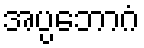
အပ္ပဘောဂံ